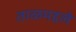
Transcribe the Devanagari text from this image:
ताळमद्दले